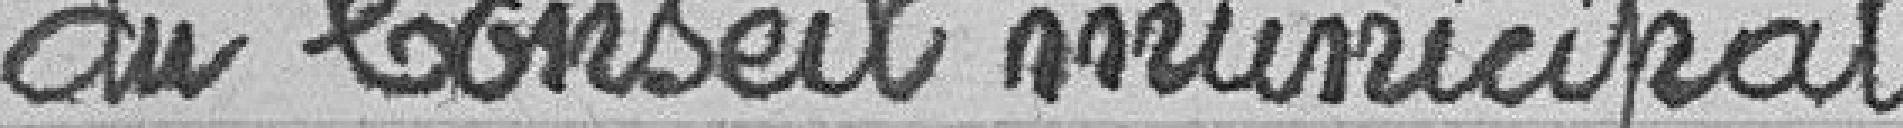
du conseil municipal